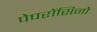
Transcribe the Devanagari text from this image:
पेपरोंसिनो